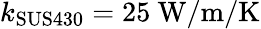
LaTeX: k_{\mathrm{SUS430}}=25\ \mathrm{W/m/K}